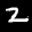
Label: 2